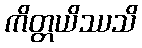
ကိတ္တယိဿသိ